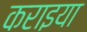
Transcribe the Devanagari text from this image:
कराइया